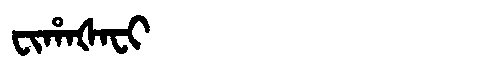
Manchu: ᠸᡳᡥᠠᡧᠠᠸᡳ
Romanization: FIHAŠAFI